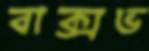
বাক্সভ